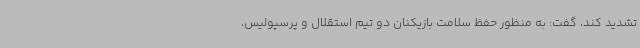
تشدید کند، گفت: به منظور حفظ سلامت بازیکنان دو تیم استقلال و پرسپولیس،